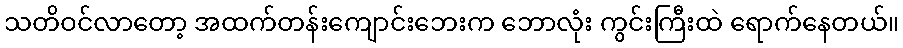
သတိဝင်လာတော့ အထက်တန်းကျောင်းဘေးက ဘောလုံး ကွင်းကြီးထဲ ရောက်နေတယ်။